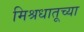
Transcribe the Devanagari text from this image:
मिश्रधातूच्या